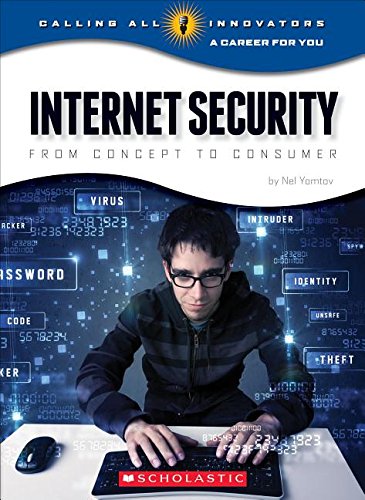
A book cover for Internet Security: From Concept to Consumer (Calling All Innovators: a Career for Youi); Nel Yomtov; Children's Books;